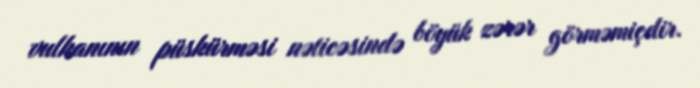
vulkanının püskürməsi nəticəsində böyük zərər görməmiçdir.